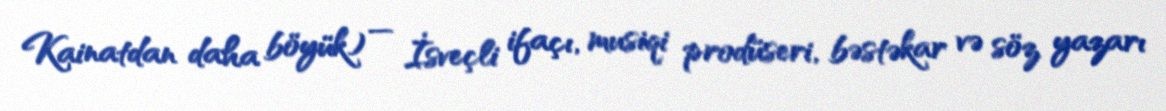
Kainatdan daha böyük) — İsveçli ifaçı, musiqi prodüseri, bəstəkar və söz yazarı